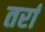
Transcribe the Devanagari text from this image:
तर्रा